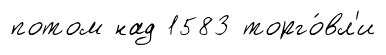
потом над 1583 торго́вл'и